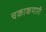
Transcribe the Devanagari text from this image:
चकाकणारी